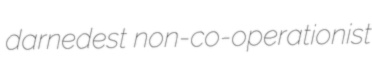
darnedest non-co-operationist